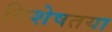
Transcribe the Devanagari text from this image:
धिशेषतया